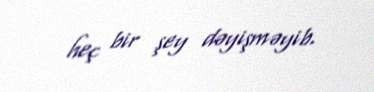
heç bir şey dəyişməyib.